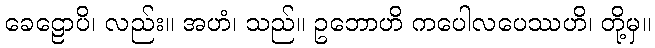
ခေဠောပိ၊ လည်း။ အဟံ၊ သည်။ ဥဘောဟိ ကပေါလပေဿဟိ၊ တို့မှ။